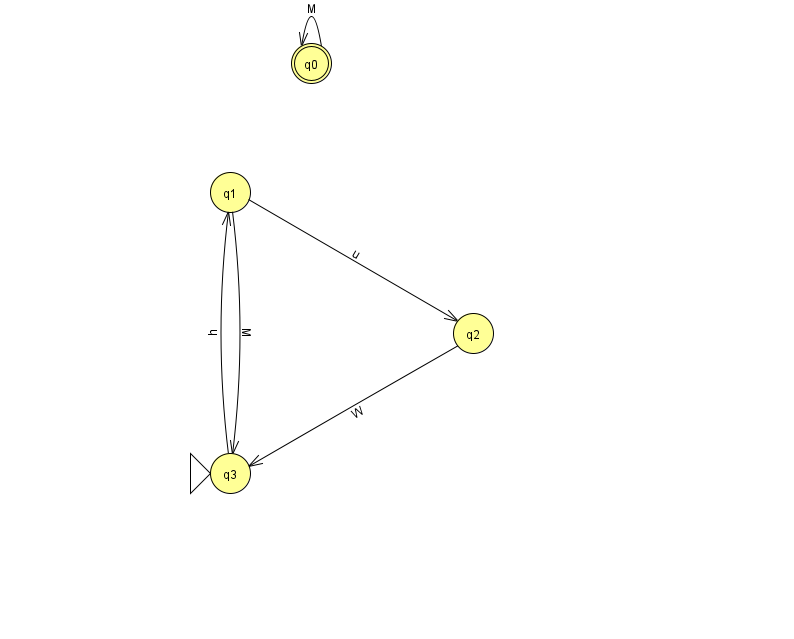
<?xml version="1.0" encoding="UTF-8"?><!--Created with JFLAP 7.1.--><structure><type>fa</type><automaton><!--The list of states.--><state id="0" name="q0"><x>311.0</x><y>50.0</y><final/></state><state id="1" name="q1"><x>230.0</x><y>179.0</y></state><state id="2" name="q2"><x>473.0</x><y>320.0</y></state><state id="3" name="q3"><x>230.0</x><y>460.0</y><initial/></state><!--The list of transitions.--><transition><from>1</from><to>2</to><read>u</read></transition><transition><from>2</from><to>3</to><read>W</read></transition><transition><from>3</from><to>1</to><read>h</read></transition><transition><from>0</from><to>0</to><read>M</read></transition><transition><from>1</from><to>3</to><read>M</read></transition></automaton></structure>